Scottish Leaving Certificate Examination, 1956
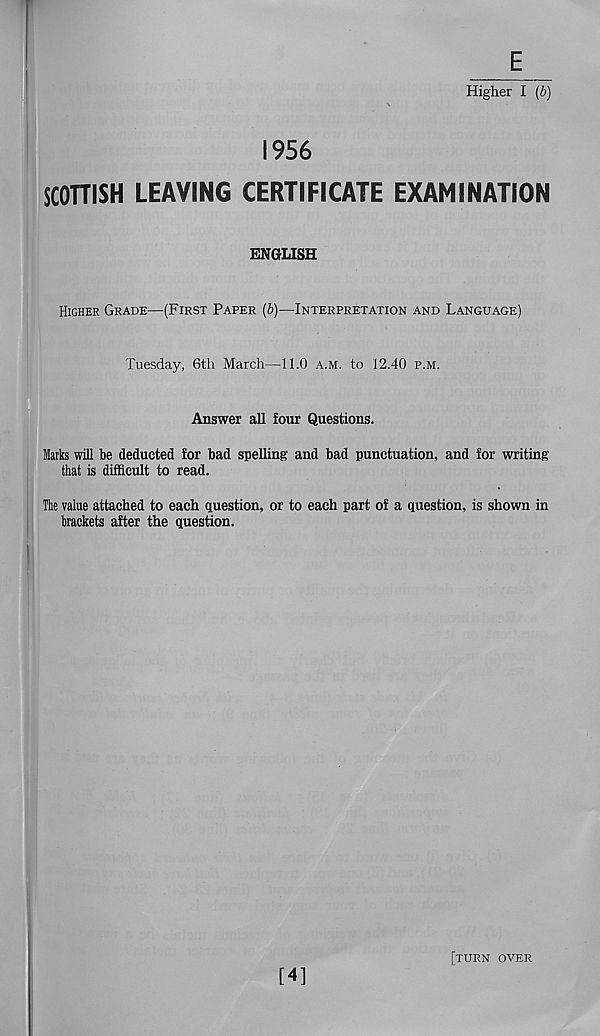
1956
E
Higher I (6)
SCOTTISH LEAVING CERTIFICATE EXAMINATION
ENGLISH
HIGHER GRADE—(FIRST PAPER (6)—INTERPRETATION AND LANGUAGE)
Tuesday, 6th March—11.0 A.M. to 12.40 P.M.
Answer all four Questions.
Marks will be deducted for bad spelling and bad punctuation, and for writing
that is difficult to read.
The value attached to each question, or to each part of a question, is shown in
brackets after the question.
[4]
[TURN OVER